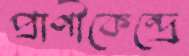
প্রাণীকেন্দ্রে